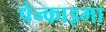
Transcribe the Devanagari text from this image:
पेन्काइमा